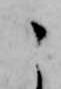
こ